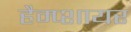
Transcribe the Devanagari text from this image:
हैम्प्शायर